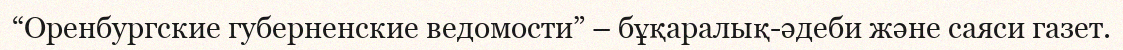
“Оренбургские губерненские ведомости” – бұқаралық-әдеби және саяси газет.